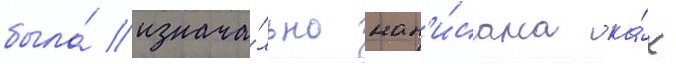
была́ изнача́льно нап'и́сана ка́к